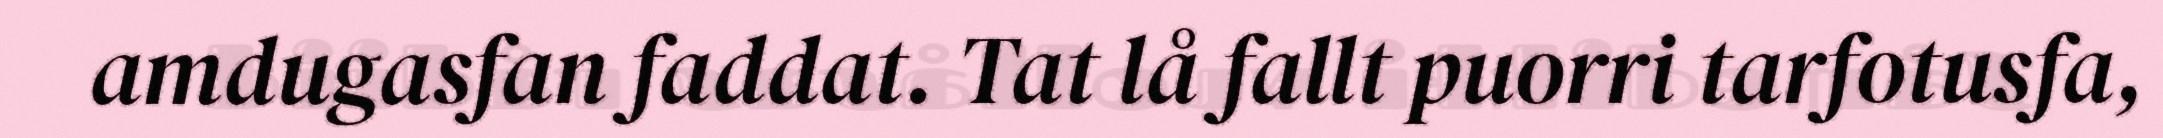
amdugasfan faddat. Tat lå fallt puorri tarfotusfa,